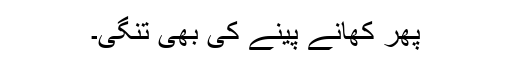
پھر کھانے پینے کی بھی تنگی۔